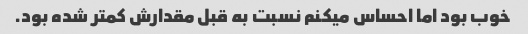
خوب بود اما احساس میکنم نسبت به قبل مقدارش کمتر شده بود.